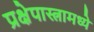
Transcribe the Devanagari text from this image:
प्रक्षेपास्त्रामध्ये